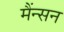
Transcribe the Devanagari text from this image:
मैंन्सन